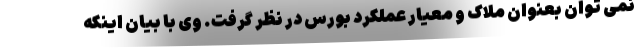
نمی توان بعنوان ملاک و معیار عملکرد بورس در نظر گرفت. وی با بیان اینکه